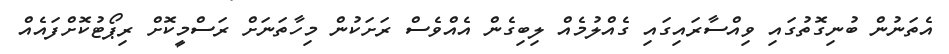
އެތަނުން ބުނިގޮތުގައި ވިއްސާރައިގައި ގެއްލުމެއް ލިބިގެން އެއްވެސް ރަށަކުން މިހާތަނަށް ރަސްމީކޮށް ރިޕޯޓުކޮށްފައެއް